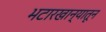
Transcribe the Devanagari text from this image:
भटारखान्यातून